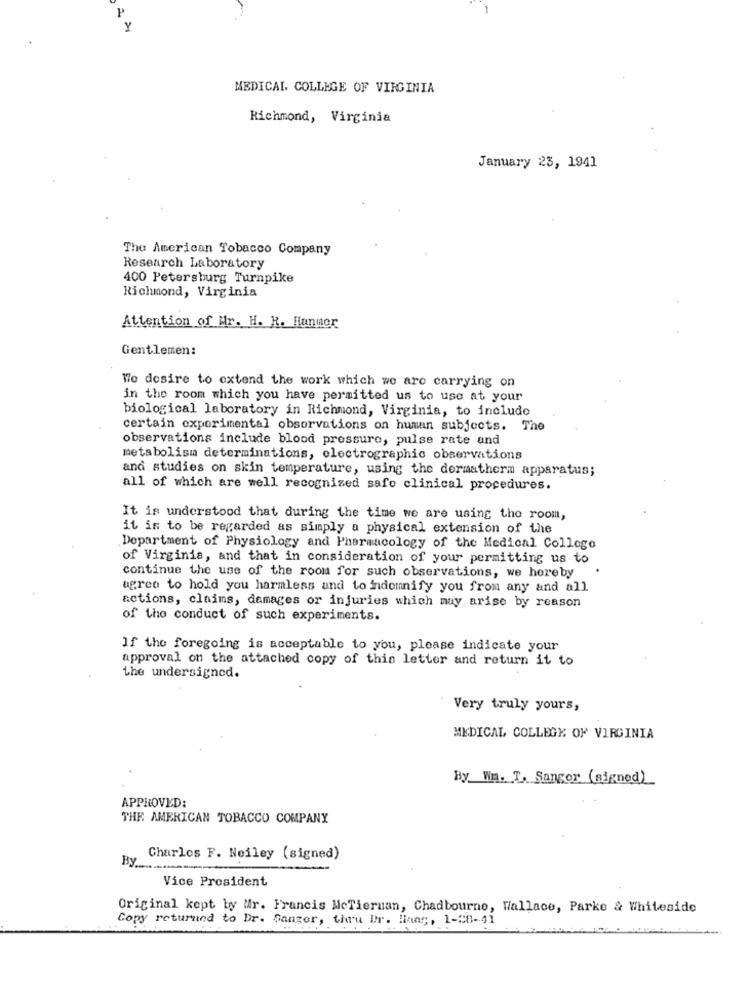
Y
MEDICAL COLLEGE OF VIRGINIA
Richmond, Virginia
January 23, 1941
The American Tobacco Company
Research Laboratory
400 Petersburg Turnpike
Richmond, Virginia
Attention of Hr. H. R. Hanner
Gentlemen:
Wo desire to extend the work which we are carrying on
in the room which you have permitted us to use at your
biological laboratory in Richmond, Virginia, to include
certain experimental observations on human subjects. The
observations include blood pressure, pulse rate and
metabolism determinations, electrographic observations
and studies on skin temperature, using the dermatherm apparatus;
all of which are well recognized safo clinical procedures.
It is understood that during the time we are using the room,
it is to be regarded as simply a physical extension of the
Department of Physiology and Pharmacology of the Medical College
of Virginia, and that in consideration of your permitting us to
continue the use of the room for such observations, we hereby
agree to hold you harmless and to indomnify you from any and all
actions, claims, damages or injuries which may arise by reason
of the conduct of such experiments.
If the foregoing is acceptable to you, please indicate your
approval on the attached copy of this letter and return it to
the undersigned.
Very truly yours,
MEDICAL COLLEGE OF VIRGINIA
By Wm. T. Sanger (signed)
APPROVED:
THE AMERICAN TOBACCO COMPANY
By
Charlos F. Neiley (signed)
Vice President
Original kept by Mr. Francis MeTiernan, Chadbourne, Wallace, Parke & Whiteside
Copy returned to Dr. Ganger, thru Dr. Hans, 1-28-41